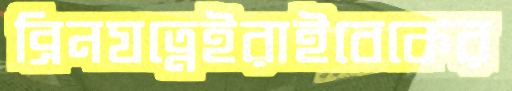
ব্রিনযত্নেইরাইবেকের